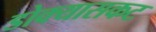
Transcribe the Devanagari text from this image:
डोक्यासकट